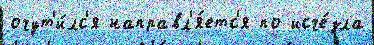
очут'и́лс'я направл'я́етс'я по исче́зла